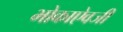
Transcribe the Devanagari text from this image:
भोकाऐवजी